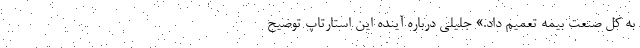
به کل صنعت بیمه تعمیم داد.» جلیلی درباره آینده این استارتاپ توضیح